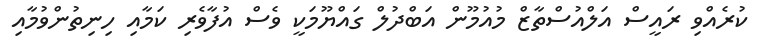
ކުރެއްވި ރައީސް އަލްއުސްތާޒް މުއުމޫން އަބްދުލް ގައްޔޫމަކީ ވެސް އުފާވެރި ކަމާއި ހިނިތުންވުމާއި